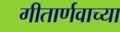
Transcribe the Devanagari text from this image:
गीतार्णवाच्या